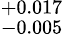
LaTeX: ^{+0.017}_{-0.005}